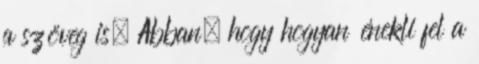
a szöveg is. Abban, hogy hogyan énekli fel a